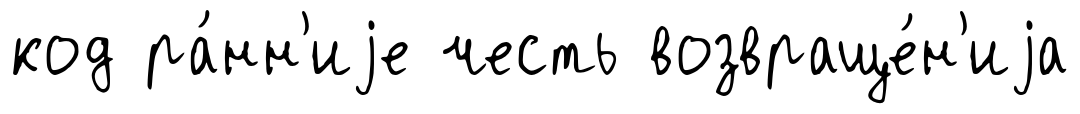
код ра́нн'иjе честь возвраще́н'иjа